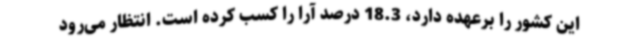
این کشور را برعهده دارد، 18.3 درصد آرا را کسب کرده است. انتظار می‌رود